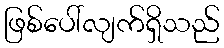
ဖြစ်ပေါ်လျက်ရှိသည်